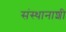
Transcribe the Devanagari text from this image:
संस्थानाशी